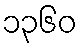
၁၃၆၀